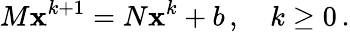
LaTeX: M\mathbf{x}^{k+1}=N\mathbf{x}^{k}+b\, ,\quad k\geq 0\, .